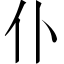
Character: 仆